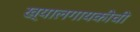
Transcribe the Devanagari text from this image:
ख्यालगायकीची